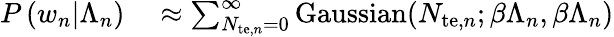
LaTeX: \begin{array}{rl}{P\left(w_{n}|\Lambda_{n}\right)}&{{}\approx\sum_{N_{\mathrm{te},n}=0}^{\infty}\mathrm{Gaussian}(N_{\mathrm{te},n};\beta\Lambda_{n},\beta\Lambda_{n})}\end{array}